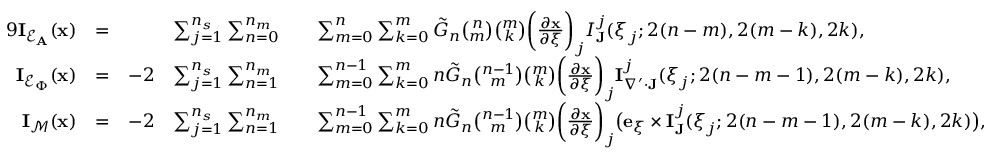
\begin{array} { r l r l r l } { { 9 } \mathbf { I } _ { \mathcal { E } _ { \mathbf { A } } } ( \mathbf { x } ) } & { = } & & { \sum _ { j = 1 } ^ { n _ { s } } \sum _ { n = 0 } ^ { n _ { m } } } & & { \sum _ { m = 0 } ^ { n } \sum _ { k = 0 } ^ { m } \tilde { G } _ { n } \binom { n } { m } \binom { m } { k } \bigg ( \frac { \partial \mathbf { x } } { \partial \xi } \bigg ) _ { j } I _ { \mathbf { J } } ^ { j } ( \boldsymbol { \xi } _ { j } ; 2 ( n - m ) , 2 ( m - k ) , 2 k ) , } \\ { \mathbf { I } _ { \mathcal { E } _ { \Phi } } ( \mathbf { x } ) } & { = } & { - 2 } & { \sum _ { j = 1 } ^ { n _ { s } } \sum _ { n = 1 } ^ { n _ { m } } } & & { \sum _ { m = 0 } ^ { n - 1 } \sum _ { k = 0 } ^ { m } n \tilde { G } _ { n } \binom { n - 1 } { m } \binom { m } { k } \bigg ( \frac { \partial \mathbf { x } } { \partial \boldsymbol { \xi } } \bigg ) _ { j } \mathbf { I } _ { \nabla ^ { \prime } \cdot \mathbf { J } } ^ { j } ( \boldsymbol { \xi } _ { j } ; 2 ( n - m - 1 ) , 2 ( m - k ) , 2 k ) , } \\ { \mathbf { I } _ { \mathcal { M } } ( \mathbf { x } ) } & { = } & { - 2 } & { \sum _ { j = 1 } ^ { n _ { s } } \sum _ { n = 1 } ^ { n _ { m } } } & & { \sum _ { m = 0 } ^ { n - 1 } \sum _ { k = 0 } ^ { m } n \tilde { G } _ { n } \binom { n - 1 } { m } \binom { m } { k } \bigg ( \frac { \partial \mathbf { x } } { \partial \boldsymbol { \xi } } \bigg ) _ { j } \big ( \mathbf { e } _ { \xi } \times \mathbf { I } _ { \mathbf { J } } ^ { j } ( \boldsymbol { \xi } _ { j } ; 2 ( n - m - 1 ) , 2 ( m - k ) , 2 k ) \big ) , } \end{array}